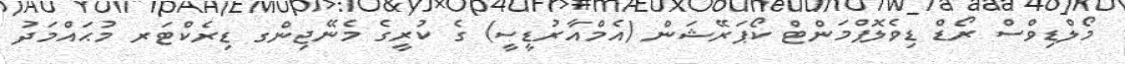
މޯލްޑިވްސް ރޯޑް ޑިވެލޮޕްމަންޓް ކޯޕަރޭޝަން (އެމްއާރުޑީސީ) ގެ ކުރީގެ މެނޭޖިންގ ޑިރެކްޓަރ މުޙައްމަދު